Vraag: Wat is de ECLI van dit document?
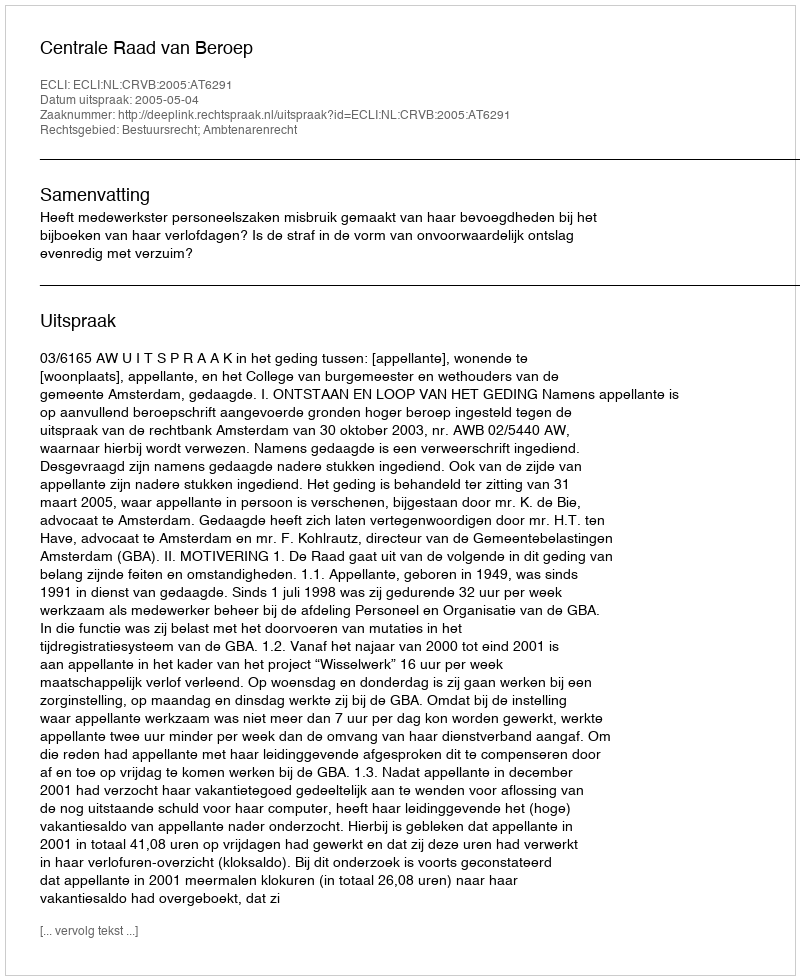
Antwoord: ECLI:NL:CRVB:2005:AT6291